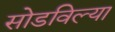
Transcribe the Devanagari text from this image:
सोडविल्या